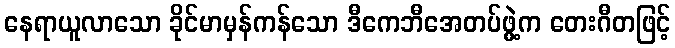
နေရာယူလာသော ခိုင်မာမှန်ကန်သော ဒီကေဘီအေတပ်ဖွဲ့က တေးဂီတဖြင့်